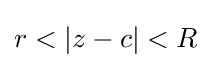
r<|z-c|<R